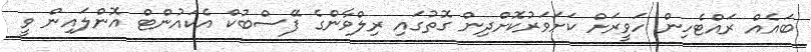
ބައެއް ރައްޓެހިން ހަވީރަށް ކަށަވަރުކޮށްދިން ގޮތުގައި ރިލްވާންގެ ފޭސްބުކް އެކައުންޓް އޮންލައިން ވީ